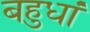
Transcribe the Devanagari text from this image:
बहुधां